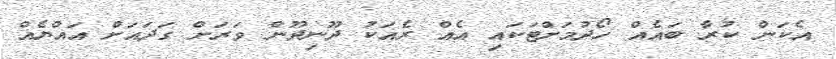
އެކަން ކުރާ ބައެއް ހޯދުމަށްޓަކައި އެއް ރެއަކު ދޫނިދޫން ވަރަށް ގަދައަށް އައްޔެއް